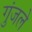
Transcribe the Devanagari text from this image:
गुंजले